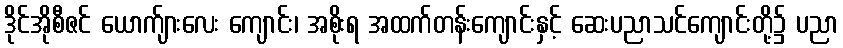
ဒိုင်အိုစီဇင် ယောက်ျားလေး ကျောင်း၊ အစိုးရ အထက်တန်းကျောင်းနှင့် ဆေးပညာသင်ကျောင်းတို့၌ ပညာ